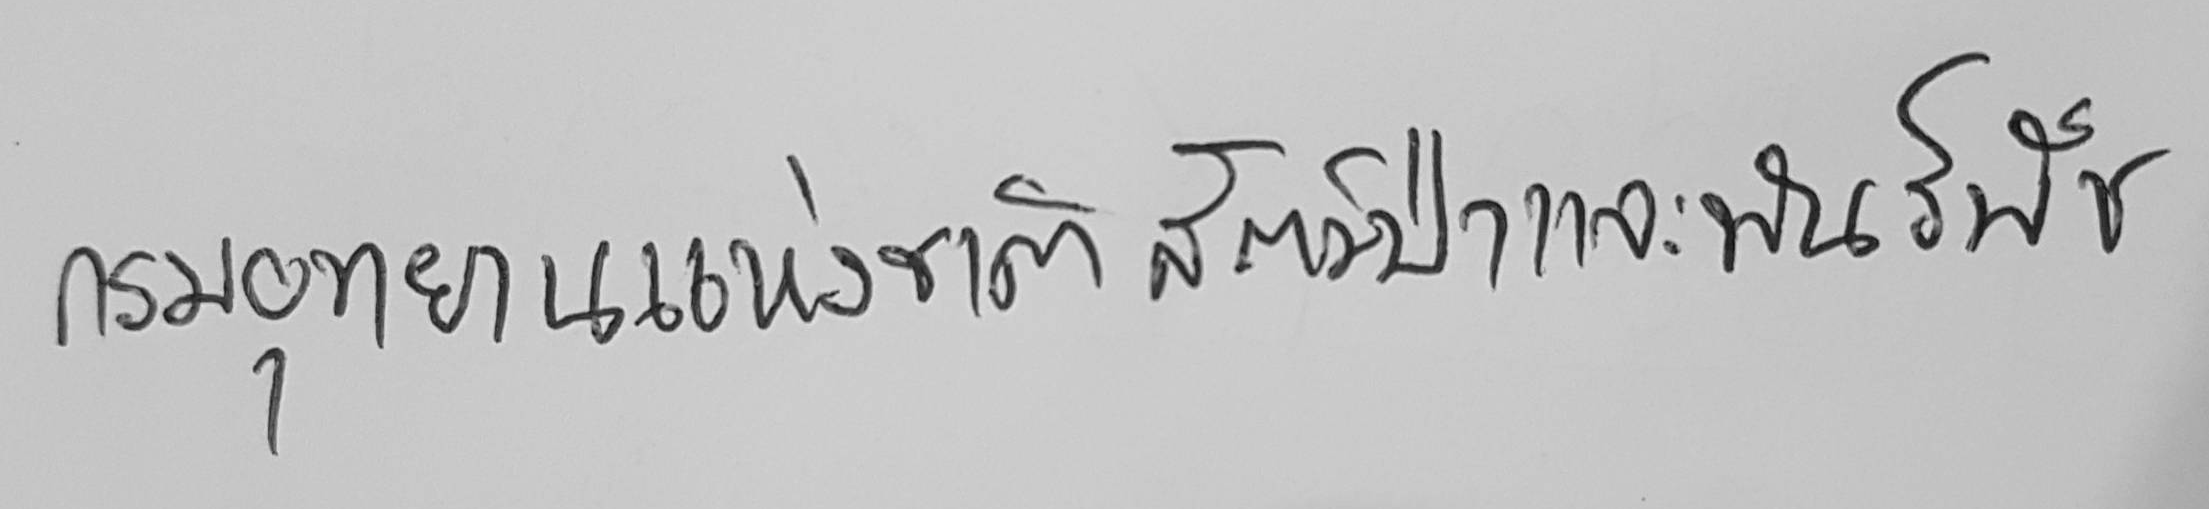
กรมอุทยานแห่งชาติ สัตว์ป่า และพันธ์พืช